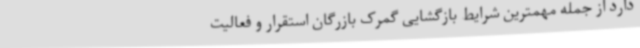
دارد از جمله مهمترین شرایط بازگشایی گمرک بازرگان استقرار و فعالیت